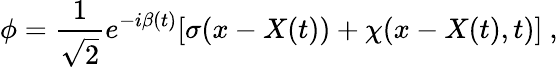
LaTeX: \phi=\frac 1{\sqrt{2}}e^{-i\beta(t)}[\sigma(x-X(t))+\chi(x-X(t),t)]\ ,